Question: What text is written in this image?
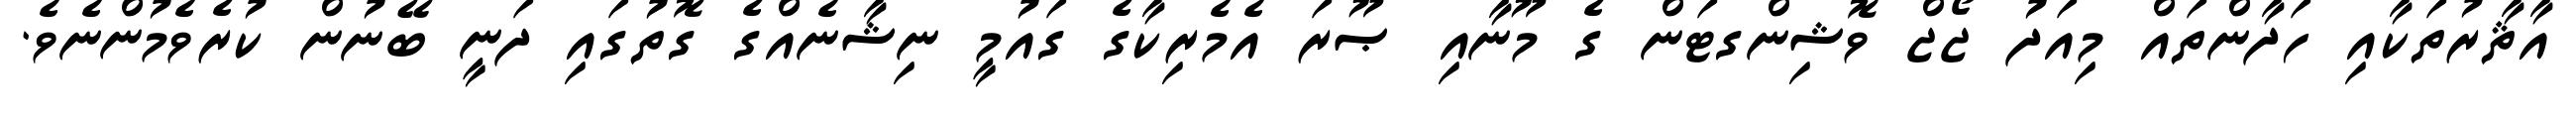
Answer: އާޘާރުތަކާއި ހަދާންތައް މިއަދު ޖޯޖް ވޮޝިންގޓަން ގެ މޫނާއި ޞޫރަ އެމެރިކާގެ ގައުމީ ނިޝާނެއްގެ ގޮތުގައި ދަނީ ބޭނުން ކުރެވެމުންނެވެ.